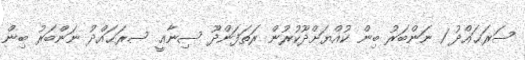
ސަރަޙައްދު 1 ނަންބަރު ބިން ކުއްޔަށްދޫކުރުން ރަތަފަންދޫ ސިނާޢީ ސރަޙައްދު ނަންބަރު ބިން